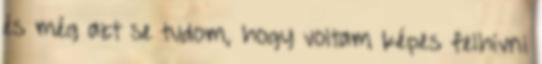
és még azt se tudom, hogy voltam képes felhívni